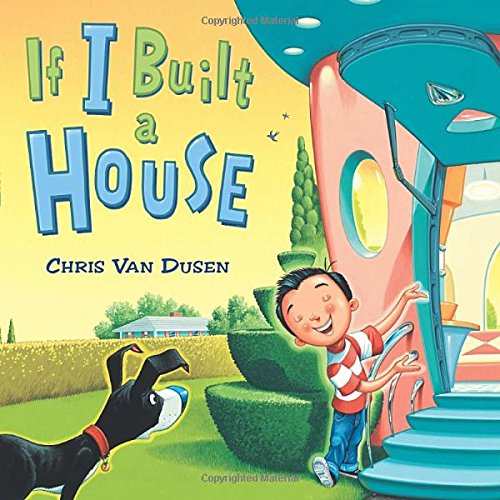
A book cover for If I Built a House; Chris Van Dusen; Children's Books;